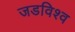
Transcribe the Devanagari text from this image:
जडविश्व